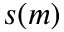
s ( m )